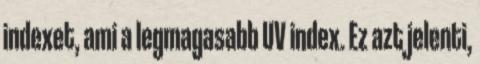
indexet, ami a legmagasabb UV index. Ez azt jelenti,